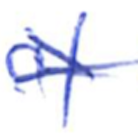
Text: of
Cross-out: cross
Writing tool: ballpoint